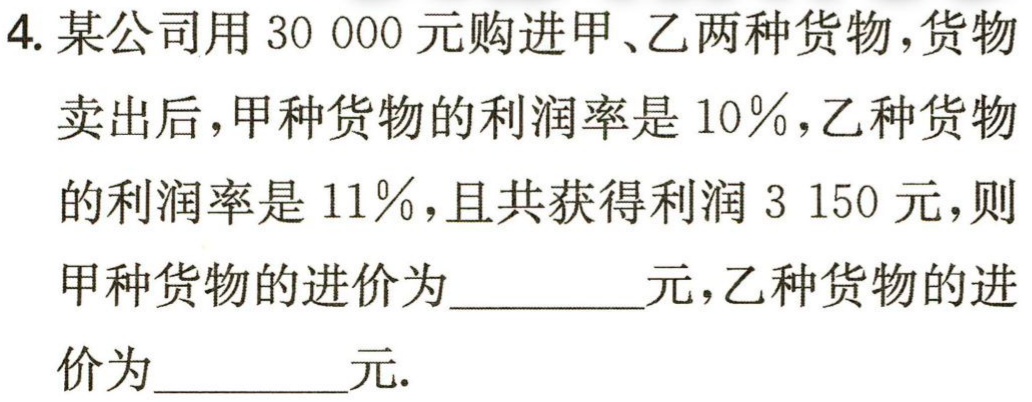
4. 某公司用 30 000 元购进甲、乙两种货物，货物

卖出后，甲种货物的利润率是 10％，乙种货物

的利润率是 11％，且共获得利润 3 150 元，则

甲种货物的进价为_________元，乙种货物的进

价为_________元.